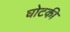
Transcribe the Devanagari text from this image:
घोटकी